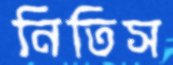
নিতিস